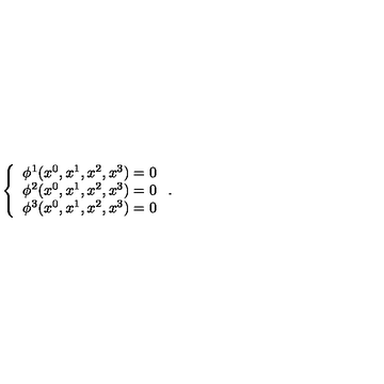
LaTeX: \left\{ \begin{array} { c } { \phi ^ { 1 } ( x ^ { 0 } , x ^ { 1 } , x ^ { 2 } , x ^ { 3 } ) = 0 } \\ { \phi ^ { 2 } ( x ^ { 0 } , x ^ { 1 } , x ^ { 2 } , x ^ { 3 } ) = 0 } \\ { \phi ^ { 3 } ( x ^ { 0 } , x ^ { 1 } , x ^ { 2 } , x ^ { 3 } ) = 0 } \\ \end{array} \right. .